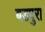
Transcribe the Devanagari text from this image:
बडपुरा